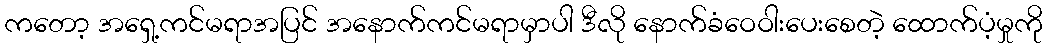
ကတော့ အရှေ့ကင်မရာအပြင် အနောက်ကင်မရာမှာပါ ဒီလို နောက်ခံဝေဝါးပေးစေတဲ့ ထောက်ပံ့မှုကို